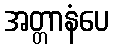
အတ္တာနံပေ